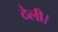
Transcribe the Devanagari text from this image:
ठेली।